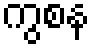
ကွစန